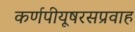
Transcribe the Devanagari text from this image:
कर्णपीयूषरसप्रवाह